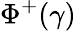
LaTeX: \Phi^{+}(\gamma)